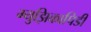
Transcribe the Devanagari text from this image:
म्युझिकापिडी